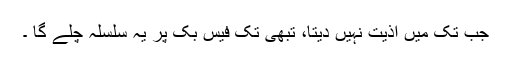
جب تک میں اذیت نہیں دیتا، تبھی تک فیس بک پر یہ سلسلہ چلے گا ۔